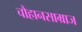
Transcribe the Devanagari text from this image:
चौहानसाम्राज